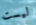
ليست